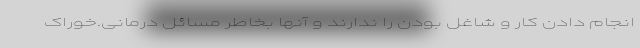
انجام دادن کار و شاغل بودن را ندارند و آنها بخاطر مسائل درمانی.خوراک